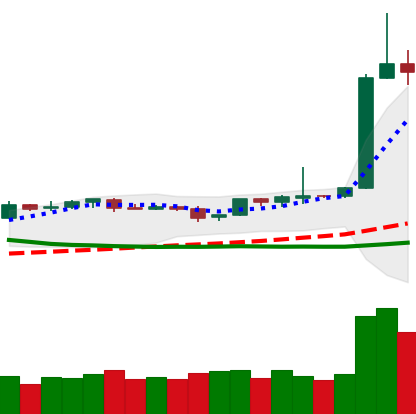
Ticker: BTC-USD
Chart end date: 2019-04-04
Forward return: 5.732%
Label: up_5_7